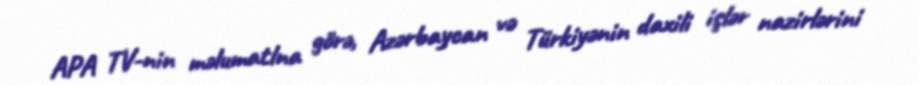
APA TV-nin məlumatlna görə, Azərbaycan və Türkiyənin daxili işlər nazirlərini